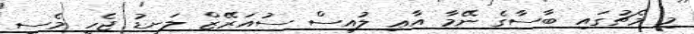
މި މެޗުގައި ބާސާގެ ނޭމާ އާޢި ލުއިސް ސުއަރޭޒް ލަނޑު ޖެހީ މެސީ